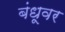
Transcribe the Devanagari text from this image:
बंधूवर